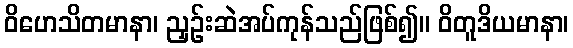
ဝိဟေသိတမာနာ၊ ညှဉ်းဆဲအပ်ကုန်သည်ဖြစ်၍။ ဝိတူဒိယမာနာ၊